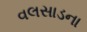
વલસાડના